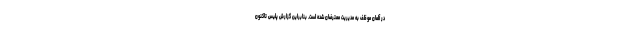
در آلمان موظف به مدیریت معترضان شده است. بنابراین گزارش پلیس تاکنون